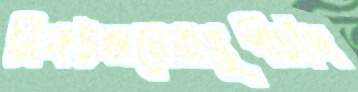
নিকটজনেরাখুপীচাঁদ